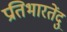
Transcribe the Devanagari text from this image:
प्रतिभारतेंदु